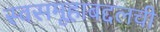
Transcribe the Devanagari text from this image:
स्वसमूहाबद्दलची